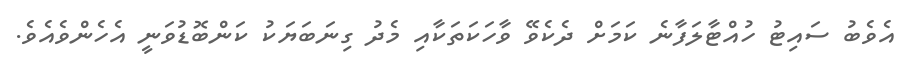
އެވެބު ސައިޓު ހުއްޓާލަފާނެ ކަމަށް ދެކެވޭ ވާހަކަތަކާއި މެދު ގިނަބަޔަކު ކަންބޮޑުވަނީ އެހެންވެއެވެ.